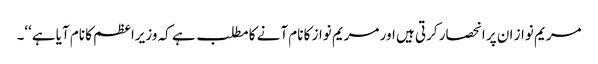
مریم نواز ان پر انحصار کرتی ہیں اور مریم نواز کا نام آنے کا مطلب ہے کہ وزیراعظم کا نام آیا ہے‘‘۔